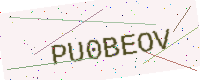
Text: PU0BEOV